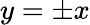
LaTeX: y=\pm x